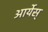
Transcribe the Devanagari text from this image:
आर्येस्